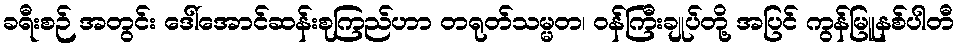
ခရီးစဉ် အတွင်း ဒေါ်အောင်ဆန်းစုကြည်ဟာ တရုတ်သမ္မတ၊ ဝန်ကြီးချုပ်တို့ အပြင် ကွန်မြူနစ်ပါတီ